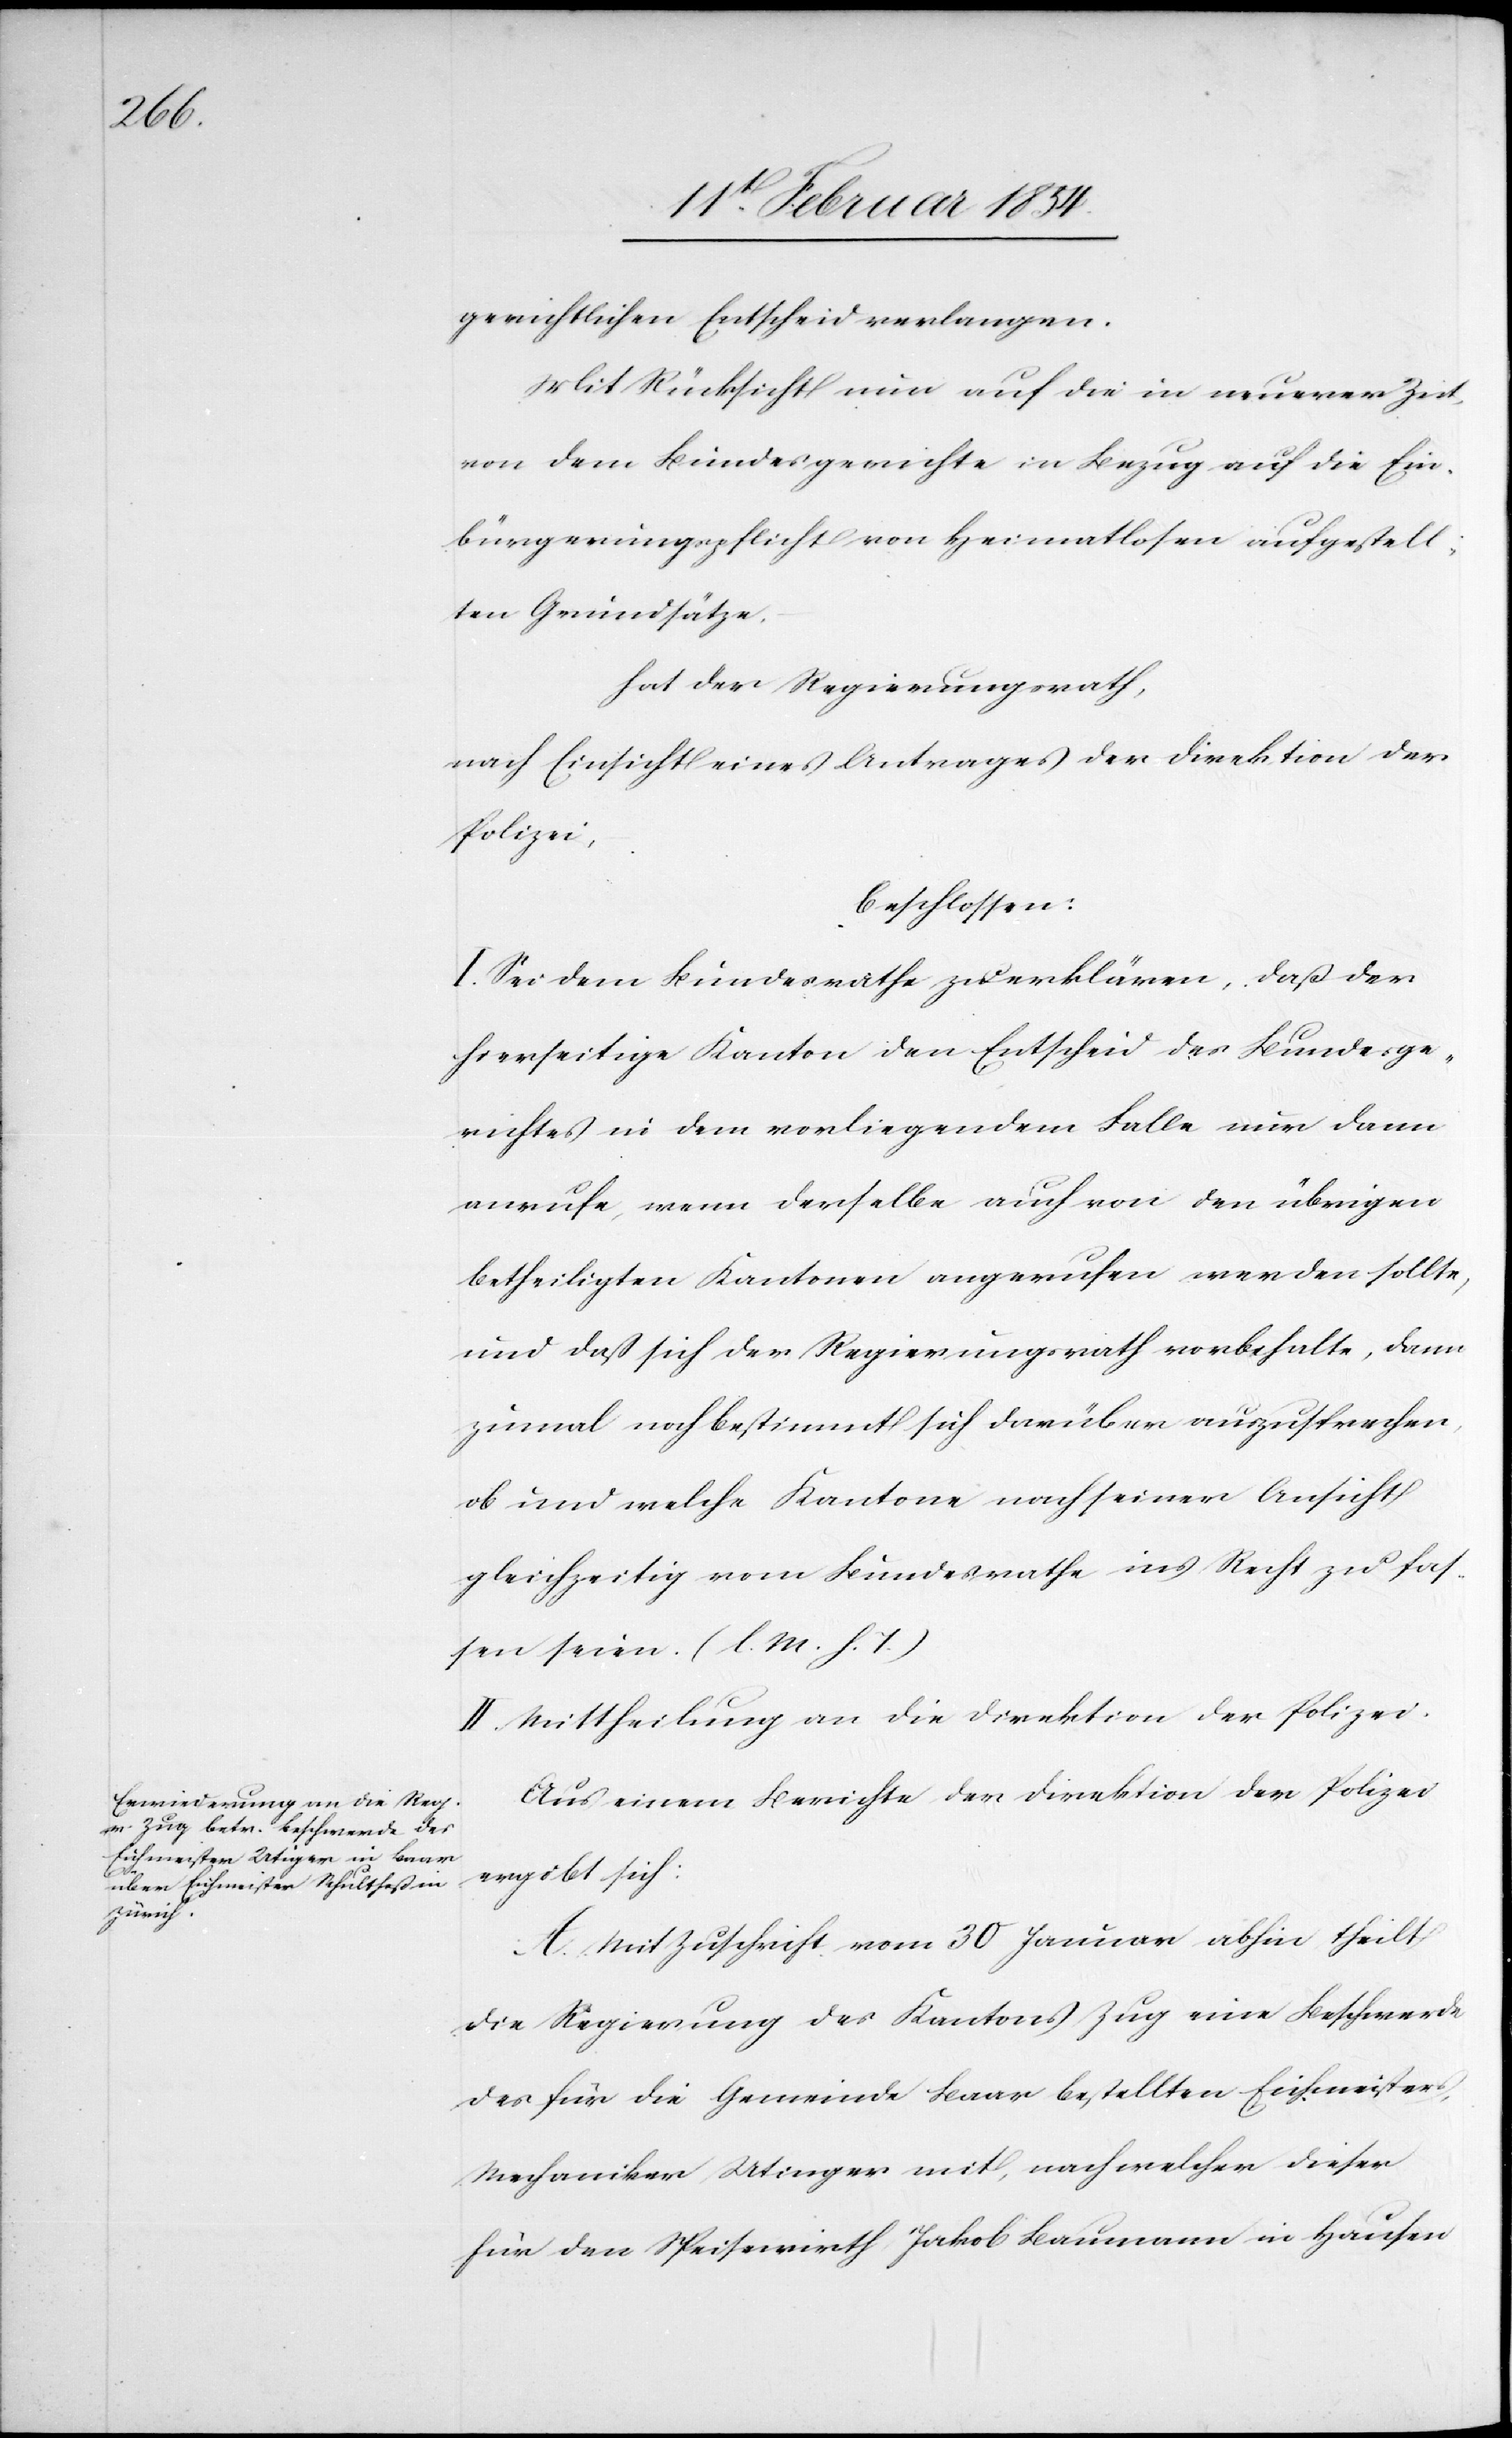
gerichtlichen Entscheid verlangen.
Mit Rücksicht nun auf die in neuerer Zeit
von dem Bundesgerichte in Bezug auf die Ein¬
bürgerungspflicht von Heimatlosen aufgestell¬
ten Grundsätze,
hat der Regierungsrath,
nach Einsicht eines Antrages der Direktion der
Polizei,
beschlossen:
I. Sei dem Bundesrathe zu erklären, daß der
hierseitige Kanton den Entscheid des Bundesge¬
richtes in dem vorliegenden Falle nur dann
anrufe, wenn derselbe auch von den übrigen
betheiligten Kantonen angerufen werden sollte,
und daß sich der Regierungsrath vorbehalte, dann
zumal noch bestimmt sich darüber auszusprechen,
ob und welche Kantone nach seiner Ansicht
gleichzeitig von dem Bundesrathe ins Recht zu fas¬
sen seien. (l. M. h. T.)
II. Mittheilung an die Direktion der Polizei.
Aus einem Berichte der Direktion der Polizei
ergibt sich:
A. Mit Zuschrift vom 30 Januar abhin theilt
die Regierung des Kantons Zug eine Beschwerde
des für die Gemeinde Baar bestellten Eichmeister,
Mechaniker Utinger [sic!] mit, nach welcher dieser
für den Speisewirth Jakob Baumann in Hausen